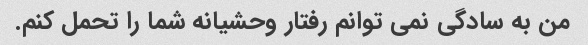
من به سادگی نمی توانم رفتار وحشیانه شما را تحمل کنم.